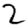
Digit: 2